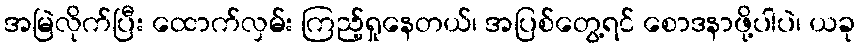
အမြဲလိုက်ပြီး ထောက်လှမ်း ကြည့်ရှုနေတယ်၊ အပြစ်တွေ့ရင် စောဒနာဖို့ပါပဲ၊ ယခု